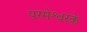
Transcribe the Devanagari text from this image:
परमेश्वरके